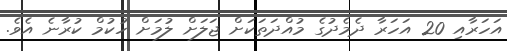
އަހަރާއި 20 އަހަރާ ދެމެދުގެ މުއްދަތަކަށް ޖަލަށް ލުމަށް ހުކުމް ކުރާނެ އެވެ.